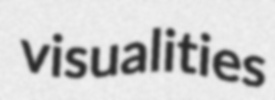
visualities